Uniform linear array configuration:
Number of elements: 16
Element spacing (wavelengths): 0.75
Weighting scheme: cosine
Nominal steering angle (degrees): -30
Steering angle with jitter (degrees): -28.178
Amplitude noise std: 0.05
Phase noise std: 0.05

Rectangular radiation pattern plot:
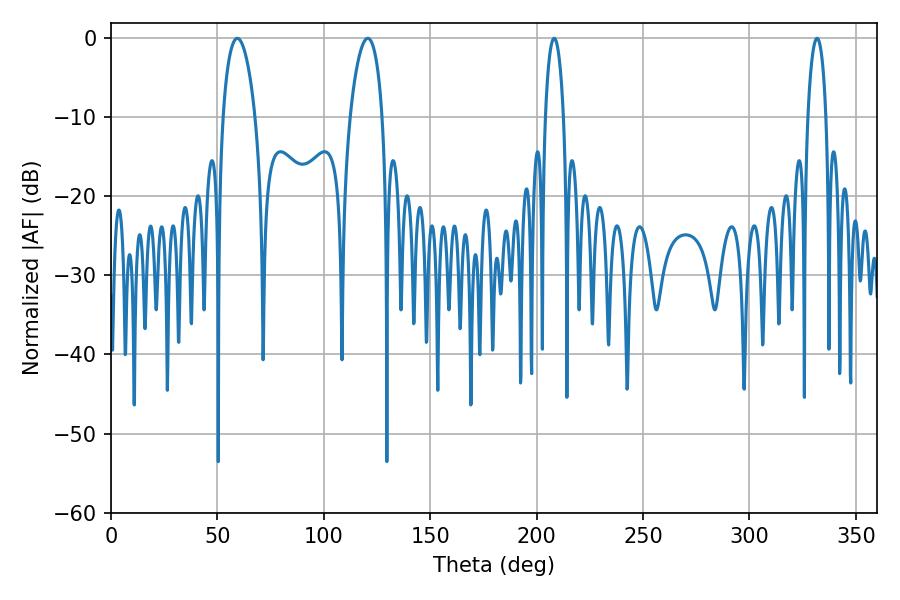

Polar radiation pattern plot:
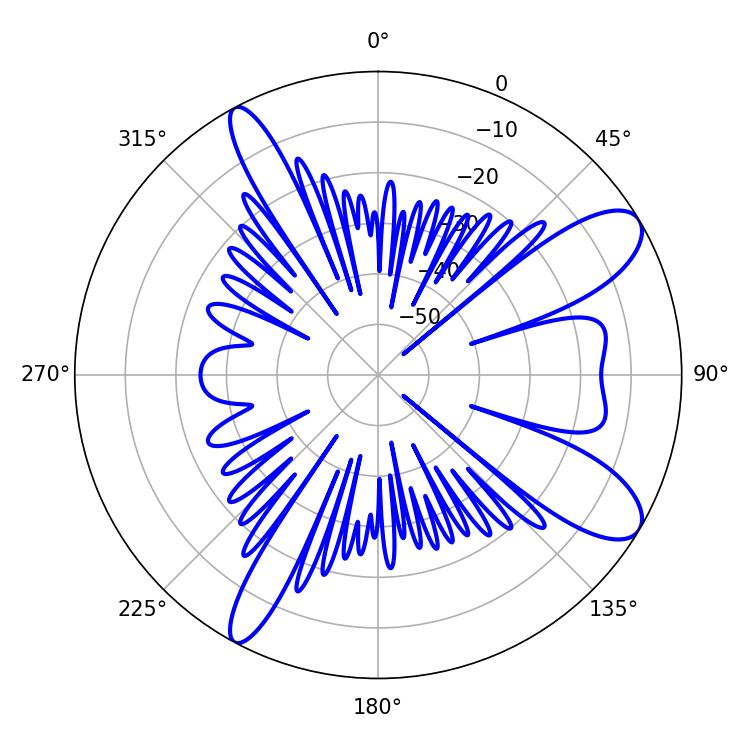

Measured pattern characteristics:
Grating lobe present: TRUE
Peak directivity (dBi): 9.983
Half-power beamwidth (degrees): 4.86
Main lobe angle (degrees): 331.74